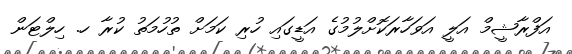
އަފްރާޝީމް އަލީ އަވަހާރަކޮށްލުމުގެ އަޑީގައި ހުރި ކަމަށް ތުހުމަތު ކުރާ ހ. ހިލްޓަން